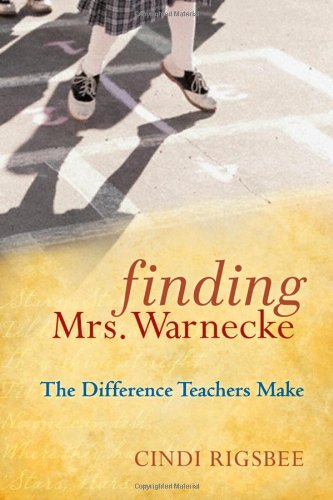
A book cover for Finding Mrs. Warnecke: The Difference Teachers Make; Cindi Rigsbee; Biographies & Memoirs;